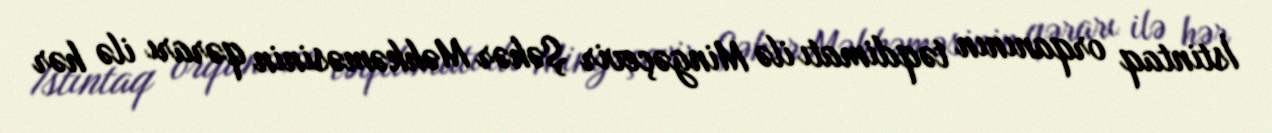
İstintaq orqanının təqdimatı ilə Mingəçevir Şəhər Məhkəməsinin qərarı ilə hər